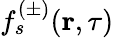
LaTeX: f_{s}^{(\pm)}(\textbf{r},\tau)